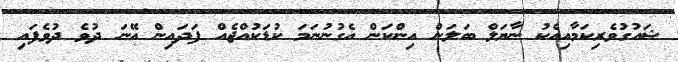
ޝައުގުވެރިކަމާއިއެކު ނާޔަލް ބަލަން އިންކަން އެގުނުނަމަ ކުޑަކުއްޖެއް ފަދައިން އޭނަ ދުވެ ދުވެފައި